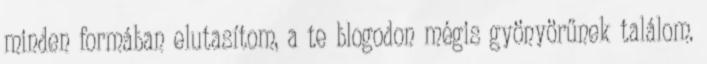
minden formában elutasítom, a te blogodon mégis gyönyörűnek találom.